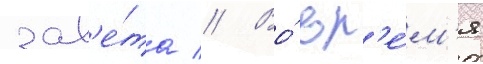
зав'е́та // Во́ вр'е́м'я